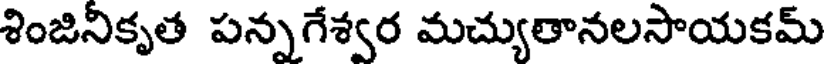
శింజినికృత పన్నగేశ్వర మచ్యుతానలసాయకమ్